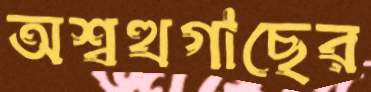
অশ্বত্থগাছের